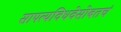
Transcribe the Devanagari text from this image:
सापत्यविधवेसोबतचं